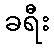
ခရီး